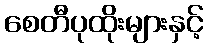
စေတီပုထိုးများနှင့်